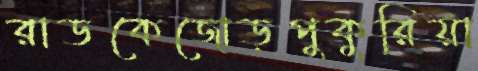
রাডকেজোড়পুকুরিয়া